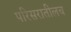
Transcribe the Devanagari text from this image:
परिसरातीलच